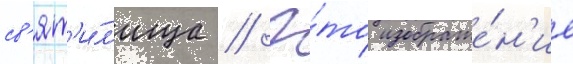
св'ят'и́л'ища // Э́то изображе́н'ие